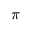
\pi